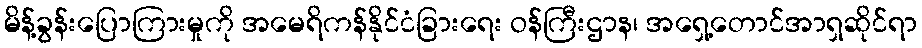
မိန့်ခွန်းပြောကြားမှုကို အမေရိကန်နိုင်ငံခြားရေး ဝန်ကြီးဌာန၊ အရှေ့တောင်အာရှဆိုင်ရာ